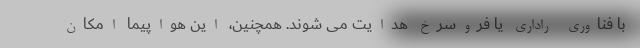
با فناوری راداری یا فروسرخ هدایت می شوند. همچنین، این هواپیما امکان